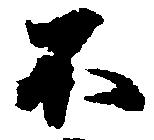
不